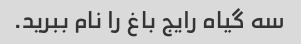
سه گیاه رایج باغ را نام ببرید.